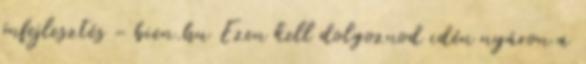
önfejlesztés - bien.hu Ezen kell dolgoznod idén nyáron a